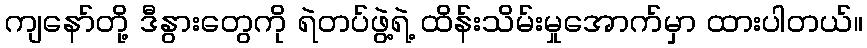
ကျနော်တို့ ဒီနွားတွေကို ရဲတပ်ဖွဲ့ရဲ့ ထိန်းသိမ်းမှုအောက်မှာ ထားပါတယ်။